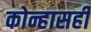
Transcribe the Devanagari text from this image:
कोन्हासही